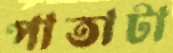
পাতাটা